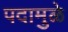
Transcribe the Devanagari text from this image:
पदामुळे